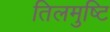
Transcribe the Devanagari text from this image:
तिलमुष्टि